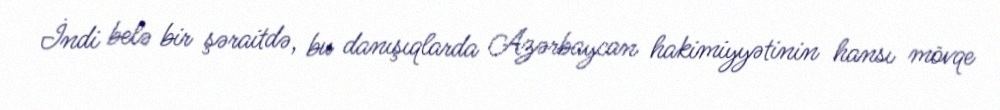
İndi belə bir şəraitdə, bu danışıqlarda Azərbaycan hakimiyyətinin hansı mövqe